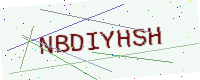
Text: NBDIYHSH